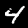
Label: 4